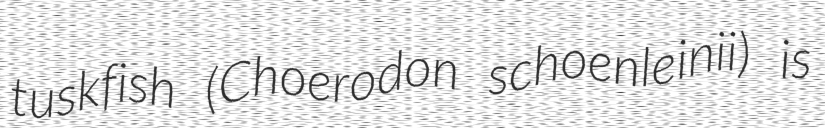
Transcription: tuskfish (Choerodon schoenleinii) is